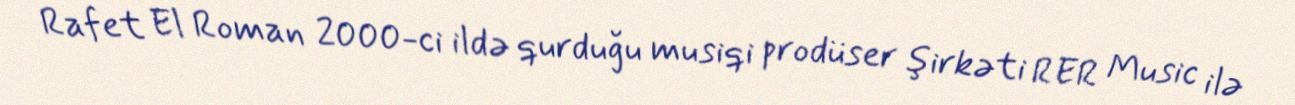
Rafet El Roman 2000-ci ildə qurduğu musiqi prodüser şirkəti RER Music ilə